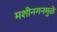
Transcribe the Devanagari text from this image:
मशीनगनमुळे